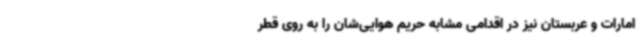
امارات و عربستان نیز در اقدامی مشابه حریم هوایی‌شان را به روی قطر